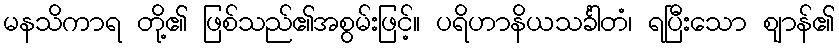
မနသိကာရ တို့၏ ဖြစ်သည်၏အစွမ်းဖြင့်။ ပရိဟာနိယသင်္ခါတံ၊ ရပြီးသော ဈာန်၏